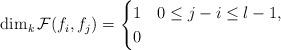
LaTeX: \begin{align*} \dim _k \mathcal{F}(f_i,f_j)= \begin{cases}1 & 0\leq j-i\leq l-1,\\0 &\end{cases}\end{align*}